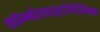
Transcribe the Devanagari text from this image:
थ्रॉम्बोसाइटोपेनिक